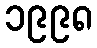
၁၉၉၈